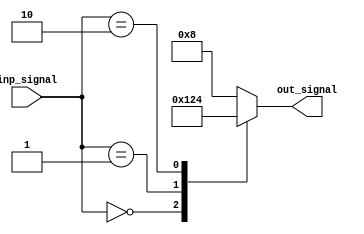
module x_based_case_statement (
  input [2:0] inp_signal,
  output reg [3:0] out_signal
);

always @*
begin
  case (inp_signal)
    3'b000: out_signal = 4'b0001; // condition 1
    3'b001: out_signal = 4'b0010; // condition 2
    3'b010: out_signal = 4'b0100; // condition 3
    default: out_signal = 4'b1000; // default behavior
  endcase
end

endmodule